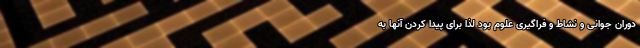
دوران جوانی و نشاط و فراگیری علوم بود لذا برای پیدا کردن آنها به